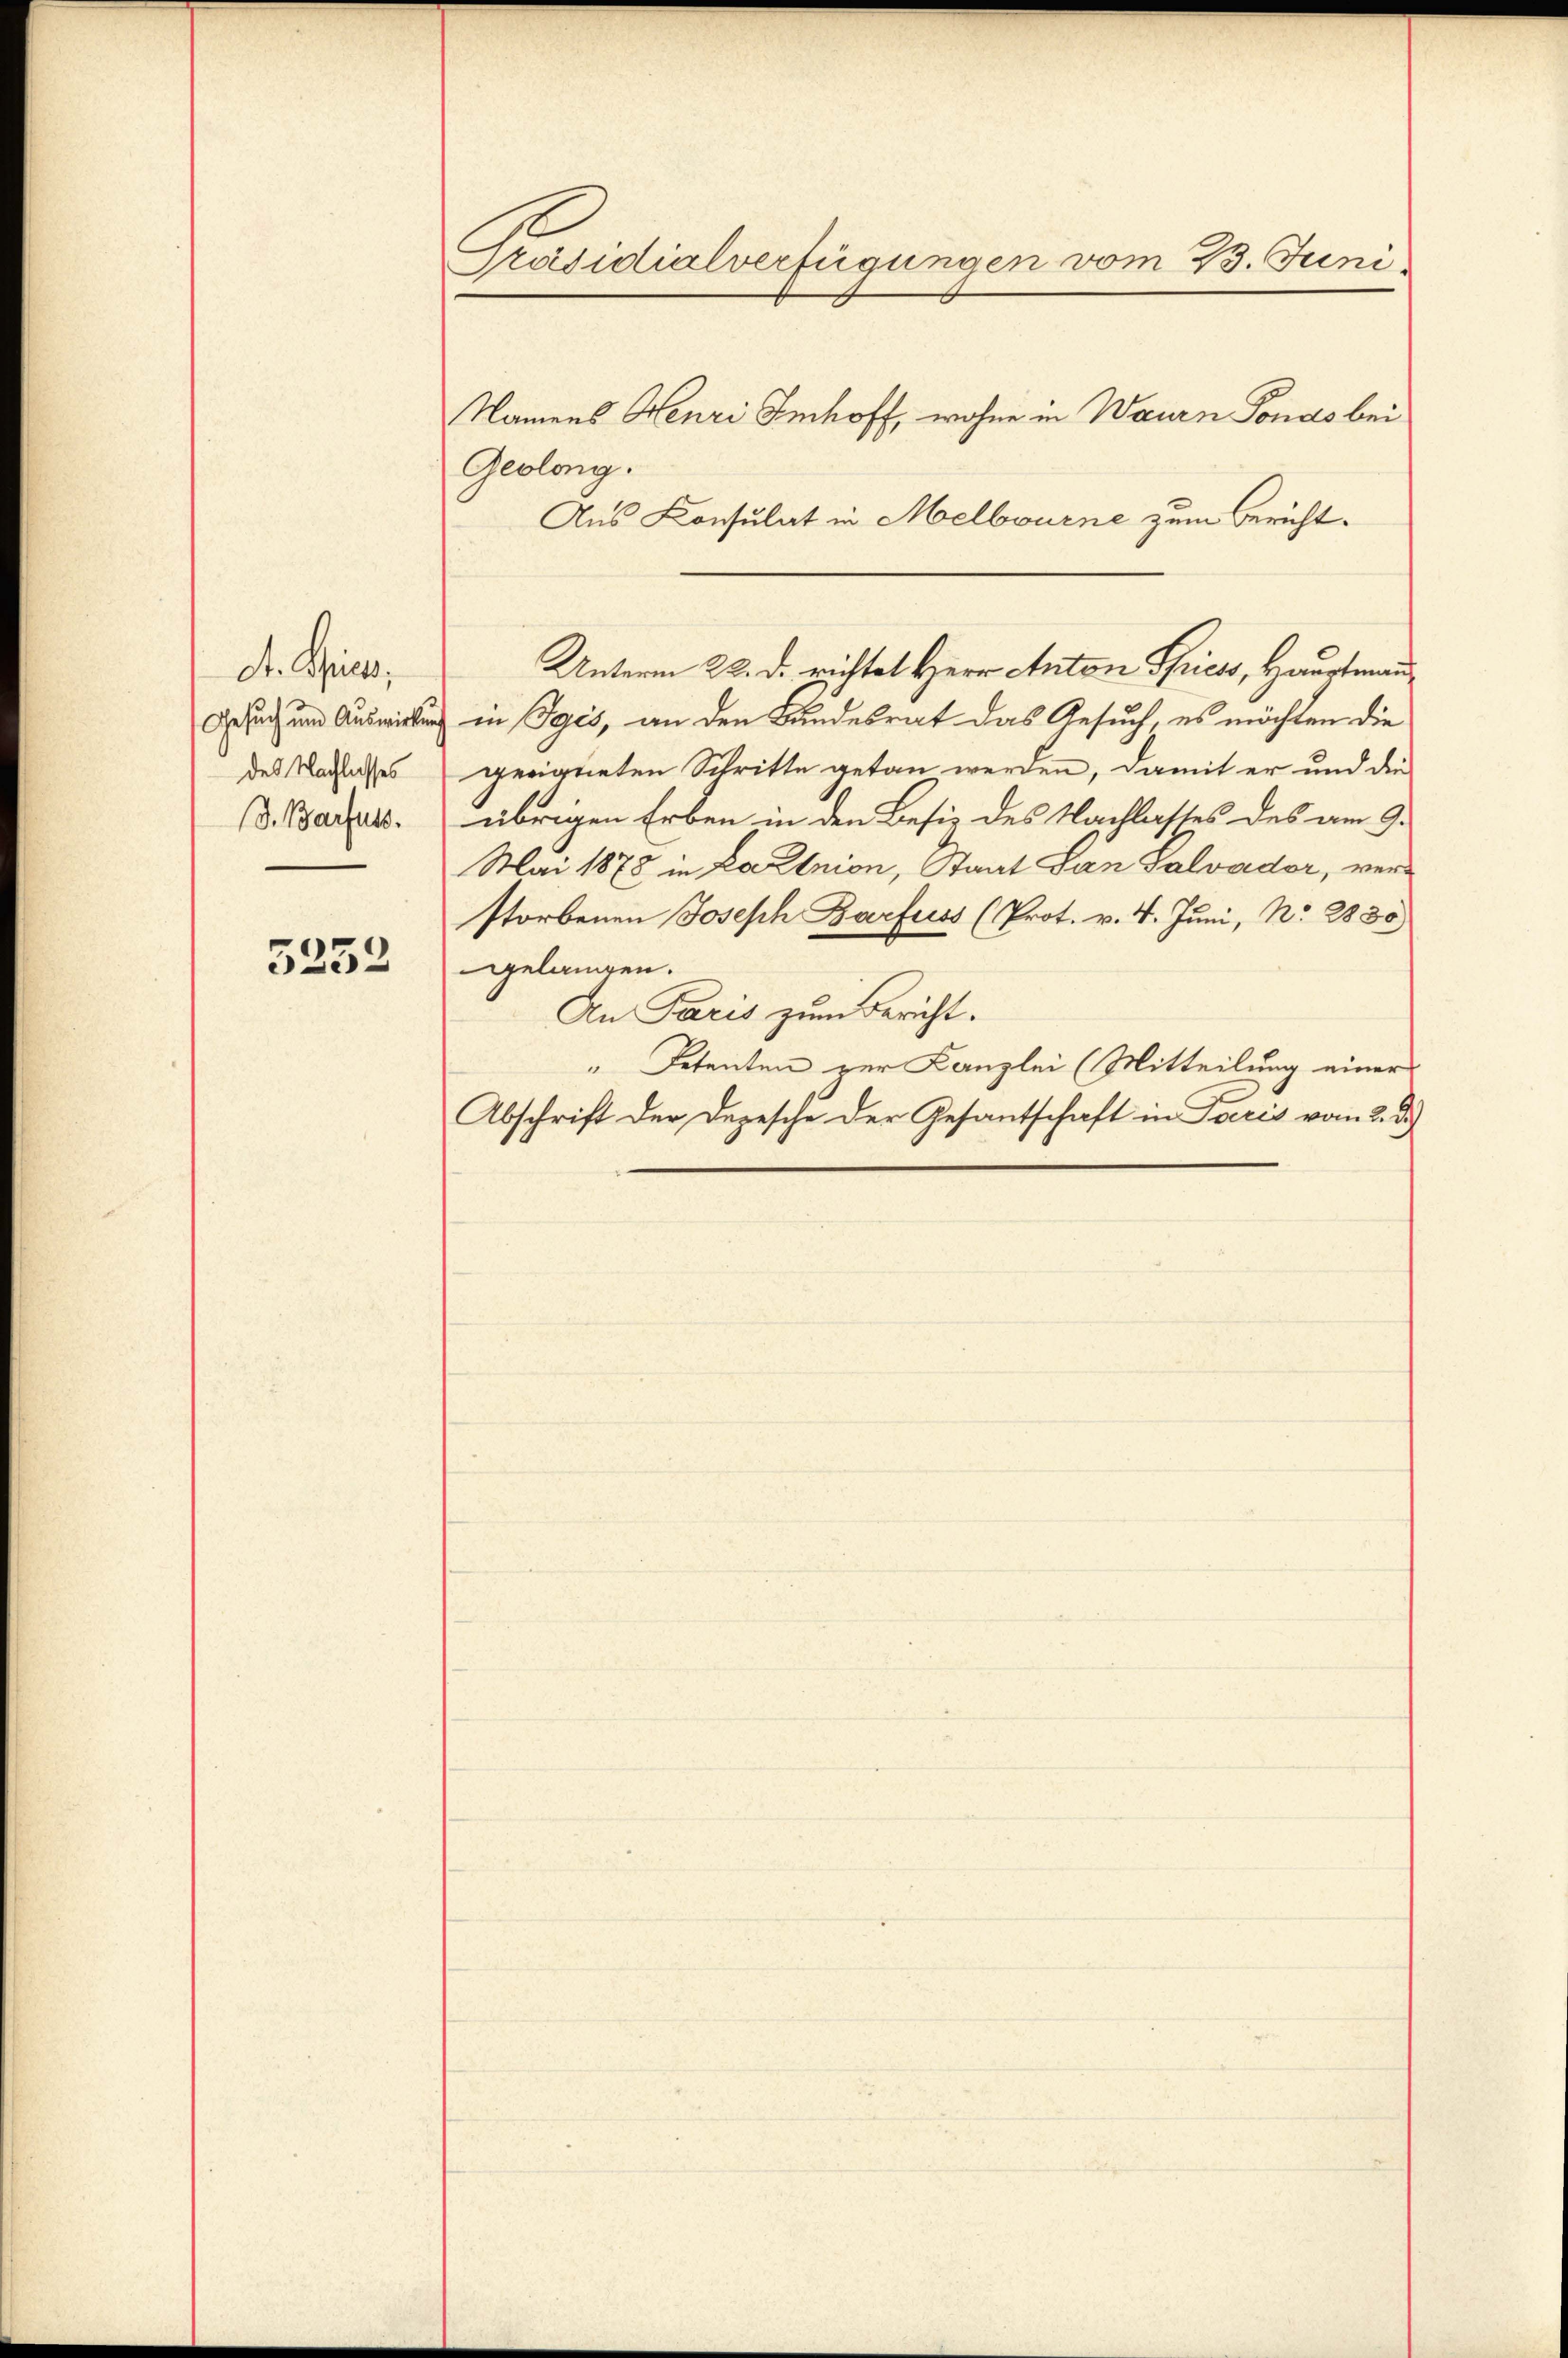
dt. Schirt,
des Nachlasses
d. Barfuss.

5232

Präsidialverfügungen vom 23. Juni

Namens Henri Imhoff, wohne in Waurn Fonds bei
Geolong.
Aus Konsulat in Melbourne zum Bericht.
c und Auswirkung in Pyés, an den Bundesrat das Gesuch, es möchten die
geeigneten Schritte getan werden, damit er und die
übrigen Erben in den Besiz des Nachlasses des am 9.
Mai 1878 in Launion, Staat San Salvader, verstorbenen Joseph Barfuss (Prot. v. 4. Juni, No. 2830)
gelangen.
An Paris zum Bericht.
" Petenten zur Kanzlei (Mitteilung einer
Abschrift der Depesche der Gesantschaft in Paris vom 2. d.)

Unterm 22. d. richtet Herr Anton Sprichs, Hauptmann